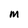
Character: m